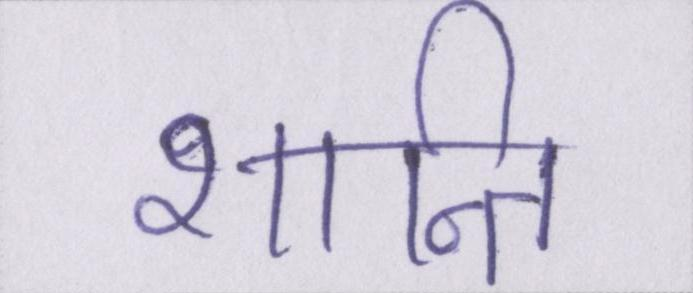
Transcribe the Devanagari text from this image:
शान्ति